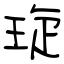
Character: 琁